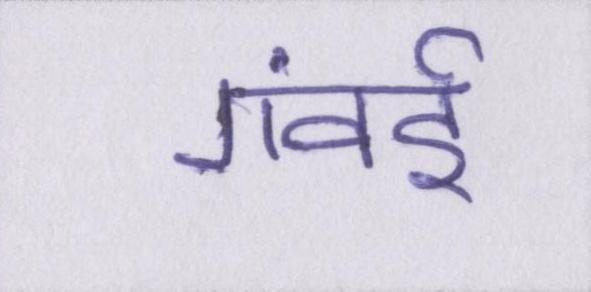
गंवई